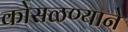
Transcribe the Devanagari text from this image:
कोसळण्याने